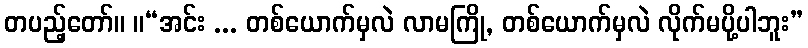
တပည့်တော်။ ။“အင်း ... တစ်ယောက်မှလဲ လာမကြို, တစ်ယောက်မှလဲ လိုက်မပို့ပါဘူး”